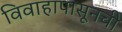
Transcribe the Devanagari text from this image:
विवाहापासूनची